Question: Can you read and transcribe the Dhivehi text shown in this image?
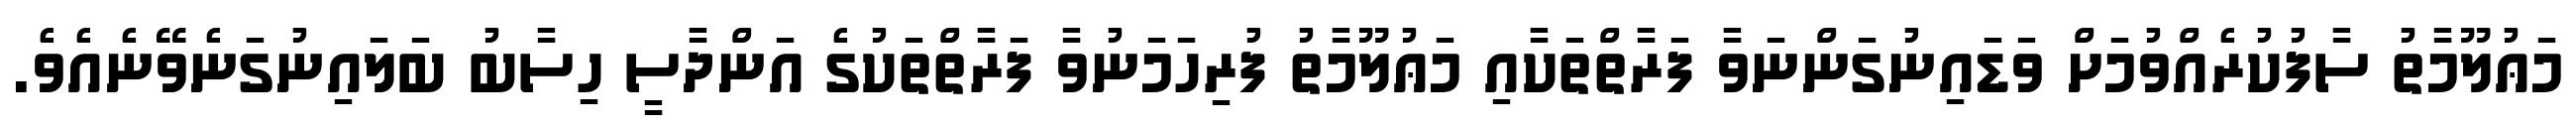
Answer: މަޢުލޫމާތު ސާފުކުރެއްވުމަށް ވަޑައިނުގަންނަވާ ފަރާތްތަކާއި މަޢުލޫމާތު ފުރިހަމަނުވާ ފަރާތްތަކުގެ އަންދާސީ ހިސާބު ބަލައިނުގަނެވޭނެއެވެ.